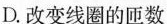
D.改变线圈的匝数